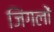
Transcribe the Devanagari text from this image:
जिंगलों